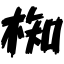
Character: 椥